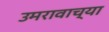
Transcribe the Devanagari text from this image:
उमरावाच्या